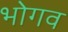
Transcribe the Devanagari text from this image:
भोगव